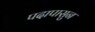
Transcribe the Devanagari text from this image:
पदापासुन